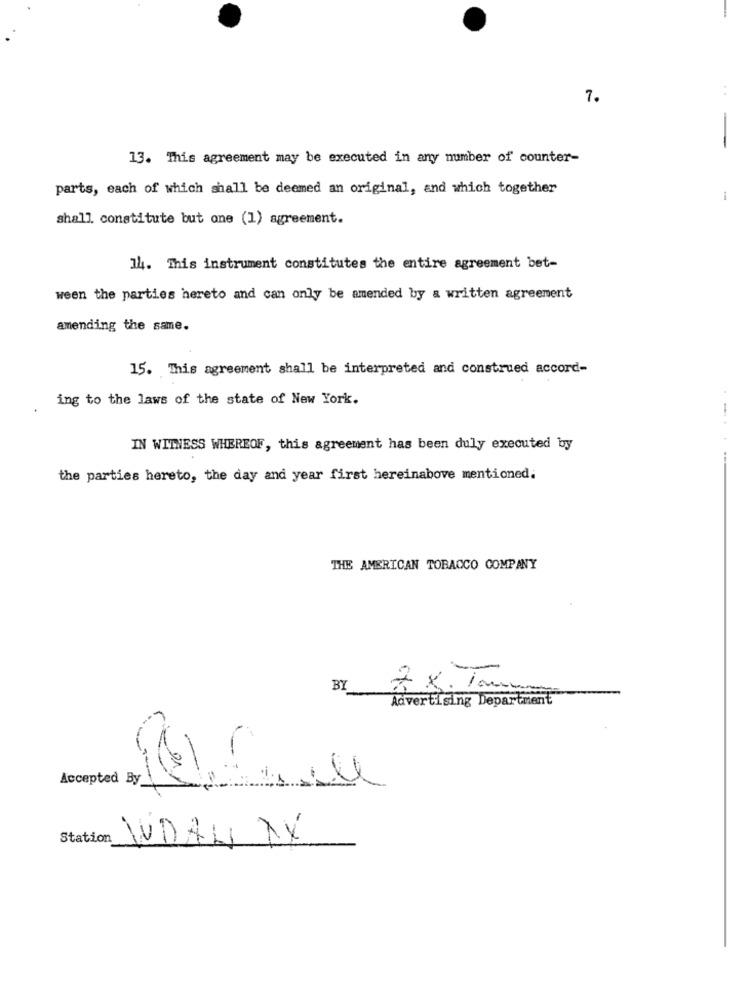
:
7.
-
13. This agreement may be executed in any number of counter-
parts, each of which shall be deemed an original, and which together
shall constitute but one (1) agreement.
14. This instrument constitutes the entire agreement bet-
ween the parties hereto and can only be amended by a written agreement
amending the same.
15. This agreement shall be interpreted and construed accord-
ing to the laws of the state of New York.
IN WITNESS WHEREOF, this agreement has been duly executed by
the parties hereto, the day and year first hereinabove mentioned.
THE AMERICAN TOBACCO COMPANY
-
BY
Advertising Department
Accepted By
till
Station
WUDAL XX